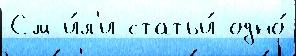
См и́л'и статьи́ одно́